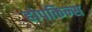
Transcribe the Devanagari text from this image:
होपकिन्स